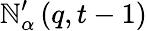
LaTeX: \mathbb{N}_{\alpha}^{\prime}\left(q,t-1\right)